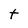
Character: t